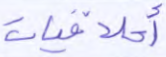
أخلاقيات